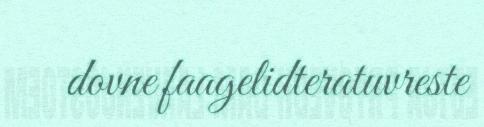
dovne faagelidteratuvreste